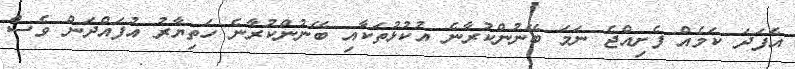
އެފަދަ ކަމެއް ފެށިއްޖެ ނަމަ ބޭނުންކުރާނެ އުކުޅުތަކާއި ބޭނުންކުރާނެ ހަތިޔާރު އުފައްދަން ވެސް